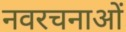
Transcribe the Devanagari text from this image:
नवरचनाओं